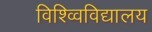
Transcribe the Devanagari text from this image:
विश्व्विविद्यालय